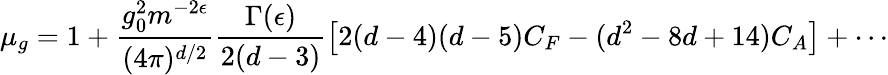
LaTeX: \mu_{g}=1+\frac{g_{0}^{2}m^{-2\epsilon}}{(4\pi)^{d/2}}\frac{\Gamma(\epsilon)}{2(d-3)}\left[2(d-4)(d-5)C_{F}-(d^{2}-8d+14)C_{A}\right]+\cdots